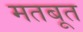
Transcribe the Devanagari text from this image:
मतबूत